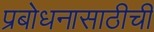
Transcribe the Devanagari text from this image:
प्रबोधनासाठीची